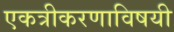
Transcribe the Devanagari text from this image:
एकत्रीकरणाविषयी